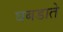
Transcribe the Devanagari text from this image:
घबडाते